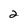
Character: 2